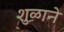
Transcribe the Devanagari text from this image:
शुळाने